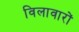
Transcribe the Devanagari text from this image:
विलावारों